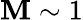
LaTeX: \mathbf{M}\sim1